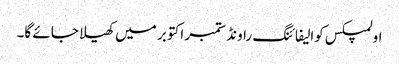
اولمپکس کوالیفائنگ راونڈ ستمبر اکتوبر میں کھیلا جائے گا۔